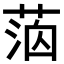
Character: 𦳸